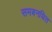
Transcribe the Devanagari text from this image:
समबनधित